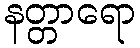
နတ္တာရော